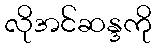
လိုအင်ဆန္ဒကို